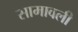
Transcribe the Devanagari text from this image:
सामावली